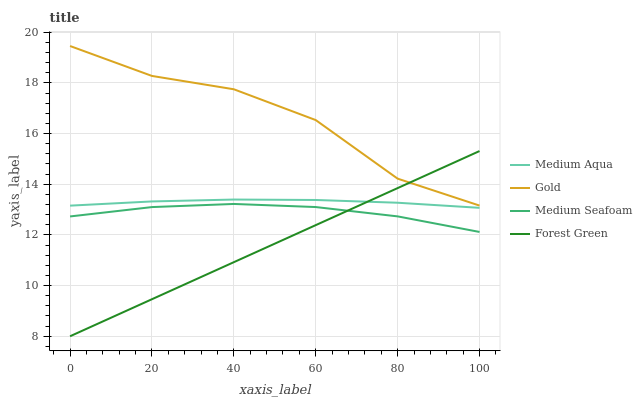
| xaxis_label | Medium Aqua | Gold | Medium Seafoam | Forest Green |
 | --- | --- | --- | --- | --- |
 | 0 | 13.2 | 19.5 | 12.7 | 8 |
 | 20 | 13.3 | 18.3 | 13.1 | 9.46 |
 | 40 | 13.4 | 17.7 | 13.2 | 10.9 |
 | 60 | 13.4 | 16.5 | 13.1 | 12.4 |
 | 80 | 13.3 | 14.2 | 12.7 | 13.8 |
 | 100 | 13.1 | 13.2 | 12.1 | 15.3 |